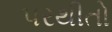
પરથીતો